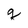
Character: q